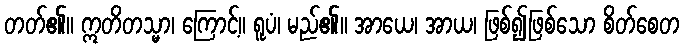
တတ်၏။ ဣတိတသ္မာ၊ ကြောင့်။ ရူပံ၊ မည်၏။ အာယေ၊ အာယ၊ ဖြစ်၍ဖြစ်သော စိတ်စေတ